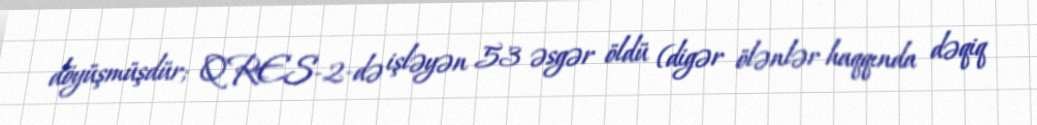
döyüşmüşdür; QRES-2-də işləyən 53 əsgər öldü (digər ölənlər haqqında dəqiq